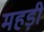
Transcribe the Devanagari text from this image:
महड़ी